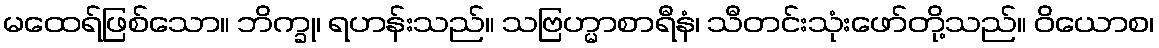
မထေရ်ဖြစ်သော။ ဘိက္ခု၊ ရဟန်းသည်။ သဗြဟ္မာစာရီနံ၊ သီတင်းသုံးဖော်တို့သည်။ ဝိယောစ၊